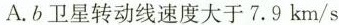
A.b卫星转动线速度大于7.9km/s